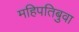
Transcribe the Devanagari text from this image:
महिपतिबुवा